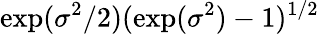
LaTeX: \exp(\sigma^{2}/2)(\exp(\sigma^{2})-1)^{1/2}